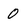
Character: 0